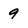
Character: 9